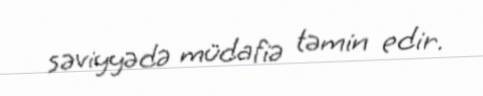
səviyyədə müdafiə təmin edir.